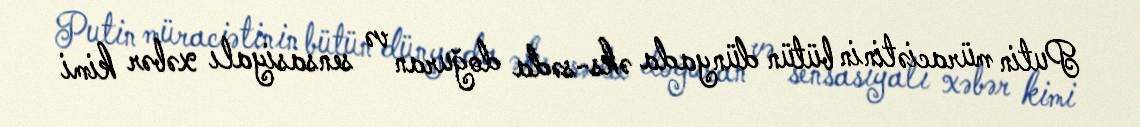
Putin müraciətinin bütün dünyada əks-səda doğuran və sensasiyalı xəbər kimi